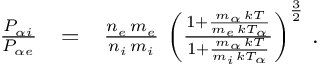
\begin{array} { r l r } { \frac { P _ { \alpha i } } { P _ { \alpha e } } } & { = } & { \frac { n _ { e } \, m _ { e } } { n _ { i } \, m _ { i } } \, \left( \frac { 1 + \frac { m _ { \alpha } \, k T } { m _ { e } \, k T _ { \alpha } } } { 1 + \frac { m _ { \alpha } \, k T } { m _ { i } \, k T _ { \alpha } } } \right) ^ { \frac { 3 } { 2 } } \, . } \end{array}